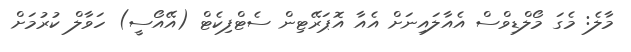
މާލެ: މެގަ މޯލްޑިވްސް އެއާލައިނަށް އެއާ އޮޕަރޭޓިން ސެޓްފިކެޓް (އޭއޯސީ) ހަވާލް ކުރުމަށް